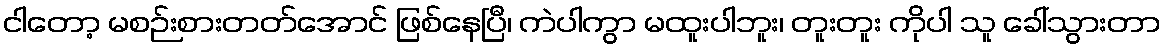
ငါတော့ မစဉ်းစားတတ်အောင် ဖြစ်နေပြီ၊ ကဲပါကွာ မထူးပါဘူး၊ တူးတူး ကိုပါ သူ ခေါ်သွားတာ